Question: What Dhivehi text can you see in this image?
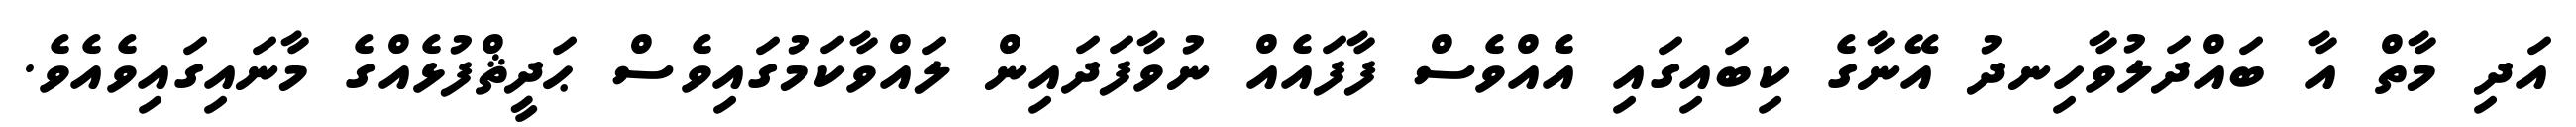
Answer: އަދި މާތް އާ ބައްދަލުވާހިނދު އޭނާގެ ކިބައިގައި އެއްވެސް ފާފައެއް ނުވާފަދައިން ލައްވާކަމުގައިވެސް ޙަދީޘްފުޅެއްގެ މާނައިގައިވެއެވެ.